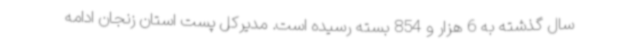
سال گذشته به 6 هزار و 854 بسته رسیده است. مدیرکل پست استان زنجان ادامه